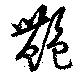
艶